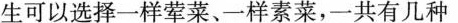
生可以选择一样荤菜、一样素菜，共有几种